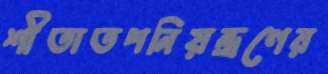
শীতাতপনিয়ন্ত্রণের